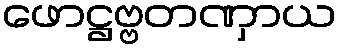
ဖောဋ္ဌဗ္ဗတဏှာယ